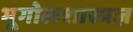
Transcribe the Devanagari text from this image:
भूगोलशास्त्रज्ञ